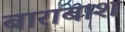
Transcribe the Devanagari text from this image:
बाराबाश